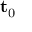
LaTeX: \mathbf { t } _ { 0 }